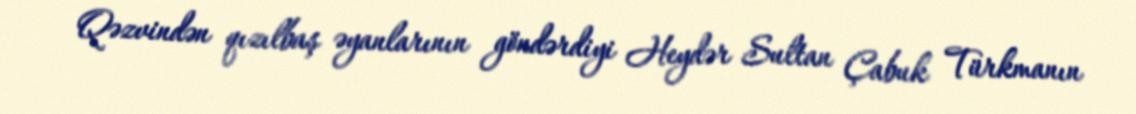
Qəzvindən qızılbaş əyanlarının göndərdiyi Heydər Sultan Çabuk Türkmanın